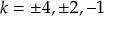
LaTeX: \ k = \pm 4 , \pm 2 , - 1